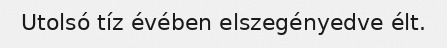
Utolsó tíz évében elszegényedve élt.